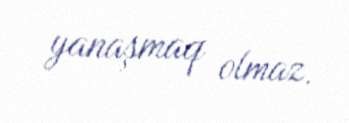
yanaşmaq olmaz.